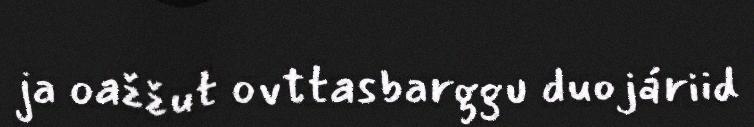
ja oažžut ovttasbarggu duojáriid